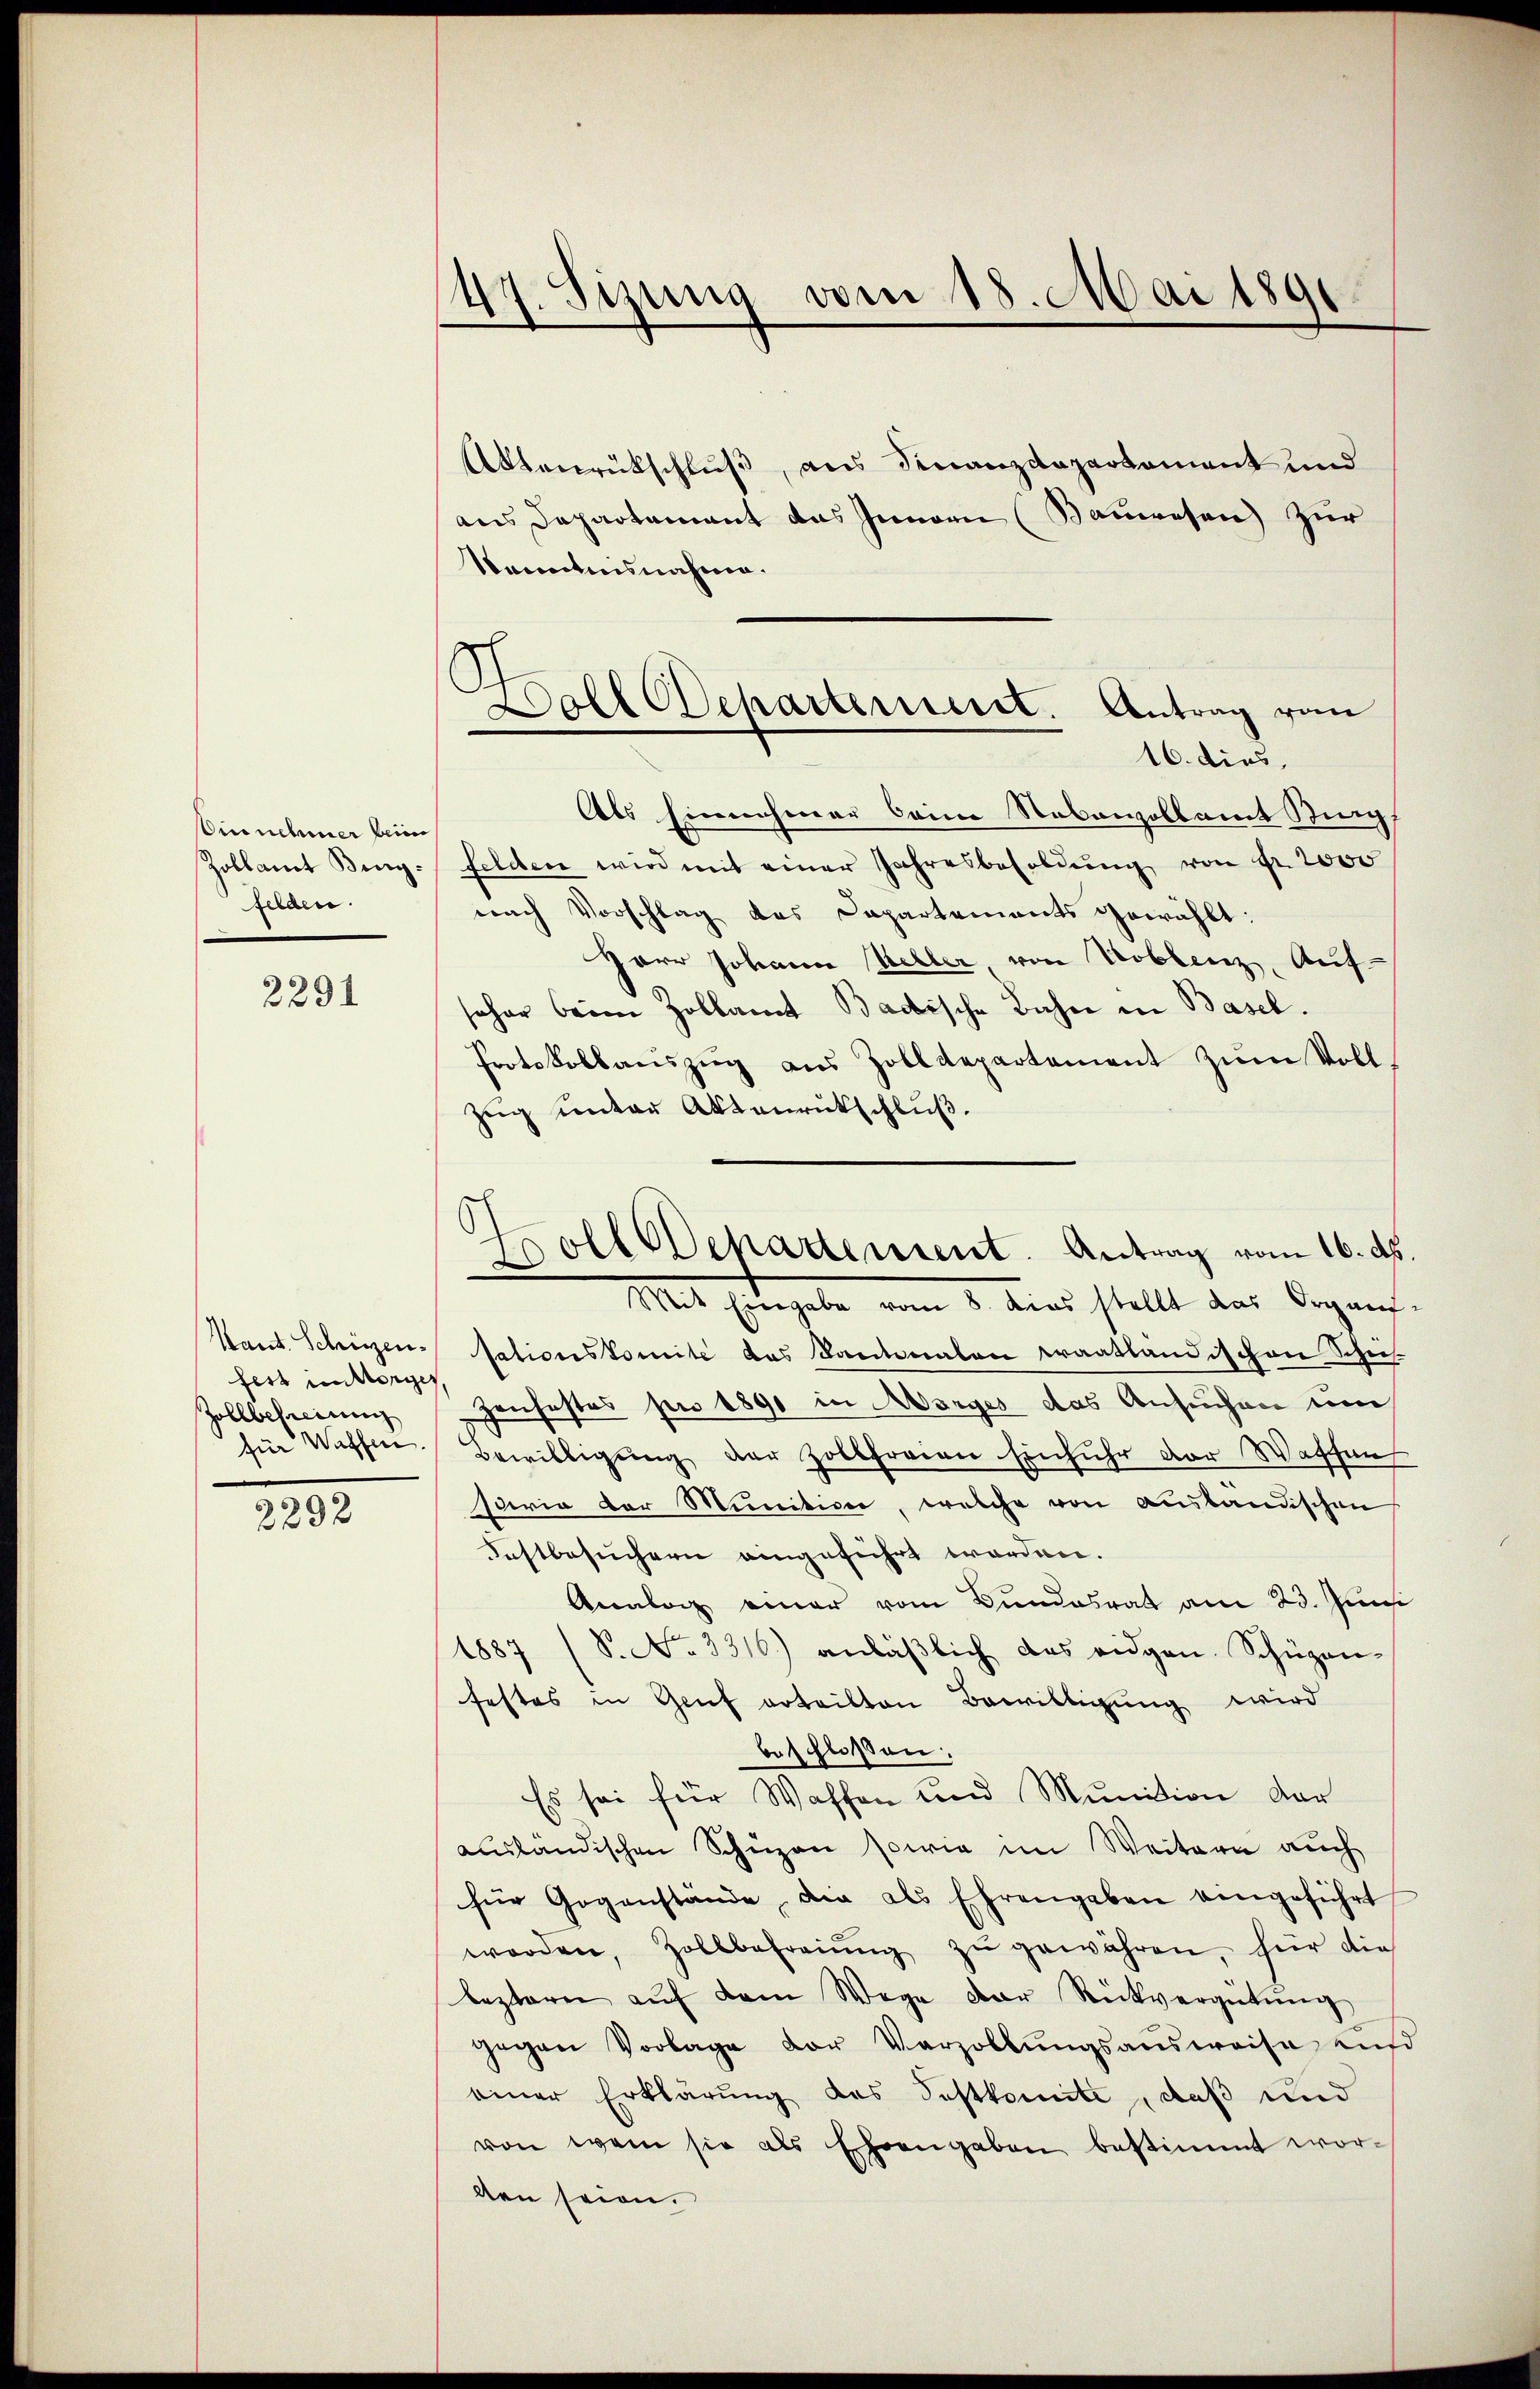
Ein nehmer beim
Zollamt Bing:
felden.

2291

Kant. Schinzenfer unterges
Zollbefreiung
für Waffen.

2292

47. Sizung vom 18. Mai 1891

Doll Departement. Antrag vom
16. dies,

Holl Departement. Antrag vom 16. ds.

Aktenrütschluß, aus Finanzdepartement und
aus Departement das Innern (Bauwesen zur
Sonntensnahme.
Als Einnehmer beim Nebenvollamt Ring
felden wird mit einer Jahresbesoldŭng von Fr. 2000
nach Vorschlag des Departements gewählt:
Herr Johann Keller, von Toblenz, Auf-
sohar beim Zollamt Badische Bahn in Basel.
Protokollaŭszŭg aŭs Zolldepartement zŭm Voll
Zug unter Aktenrückschluß.
Mit Eingabe vom 1. Dies stellt dies begann
sationskomité das Kantonalen Kraatlandischen Schich-
Jauhestes pro 1890 in Asiges das Ansuchen um
Bewilligŭng der Zollfreien Einfuhr der Wassen
saria der Munitiver, welche von auslandischen
Festbesuchern eingeführt worden.
Analog einer vom Bundesrat am 23. Jun
1887 (S. No. 3316.) anläβlich das eidgen. Schüzen-
festes in Genf erteilten Bewilligung wird
beschloßen:
Es sei für Waffen und Munition dar
ausländischen Schüzen sowie im Weitern auch
für Gegenstände die als Ehrengaben eingeführt
worden, Zollbefreiung zŭ gewähren, hier die
beztern auf dem Wege der Rückvergütung
gegen Vorlage vor Verzollŭngsausweise aus
einer Erklärung des Festkomite, daß und
von wem sie als Ehrengaben bestimmt worlten seien.